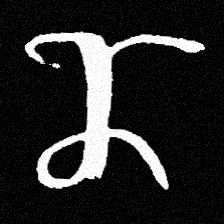
Pyu character \u2014 Myanmar letter: ဏ (romanized: nna)